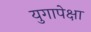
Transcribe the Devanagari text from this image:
युगापेक्षा